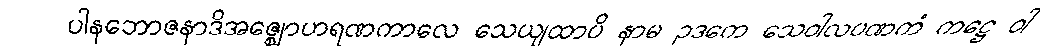
ပါနဘောဇနာဒိအဇ္ဈောဟရဏကာလေ သေယျထာပိ နာမ ဥဒကေ သေဝါလပဏကံ ကဋ္ဌေ ဝါ